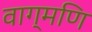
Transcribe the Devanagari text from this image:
वाग्मणि